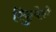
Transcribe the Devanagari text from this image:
रिकुपेरो